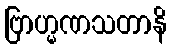
ဗြာဟ္မဏသတာနိ